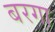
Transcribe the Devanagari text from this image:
बरगा